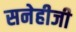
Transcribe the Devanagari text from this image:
सनेहीजी